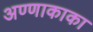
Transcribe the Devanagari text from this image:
अण्णाकाका